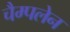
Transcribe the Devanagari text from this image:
चैम्पलेन